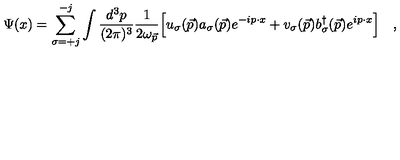
\Psi ( x ) = \sum _ { \sigma = + j } ^ { - j } \int { \frac { d ^ { 3 } p } { ( 2 \pi ) ^ { 3 } } } { \frac { 1 } { 2 \omega _ { \vec { p } } } } \Big [ u _ { \sigma } ( \vec { p } ) a _ { \sigma } ( \vec { p } ) e ^ { - i p \cdot x } + v _ { \sigma } ( \vec { p } ) b _ { \sigma } ^ { \dagger } ( \vec { p } ) e ^ { i p \cdot x } \Bigr ] \quad ,